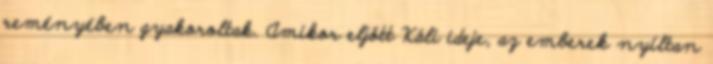
reményében gyakoroltak. Amikor eljött Káli ideje, az emberek nyíltan